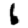
Digit: 6